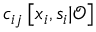
c _ { i j } \left[ \boldsymbol { x } _ { i } , \boldsymbol { s } _ { i } | \boldsymbol { \mathcal { O } } \right]